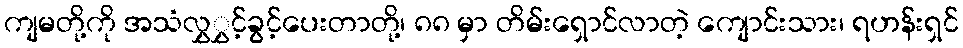
ကျမတို့ကို အသံလွှွှင့်ခွင့်ပေးတာတို့၊ ၈၈ မှာ တိမ်းရှောင်လာတဲ့ ကျောင်းသား၊ ရဟန်းရှင်